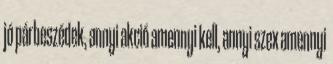
jó párbeszédek, annyi akció amennyi kell, annyi szex amennyi